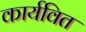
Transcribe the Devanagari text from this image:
कार्यवित